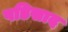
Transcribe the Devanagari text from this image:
पडिसाद